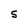
Character: S